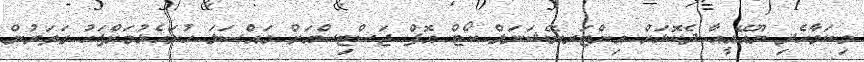
މިކަމާހެދި ޔޫއޭއީއާ ދެކޮޅަށް އިންޓަރނޭޝަނަލް ކޯޓް އޮފް ޖަސްޓިސްއަށް މައްސަލަ ހުށަހެޅުމަށްފަހު ގަތަރުން